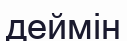
деймін